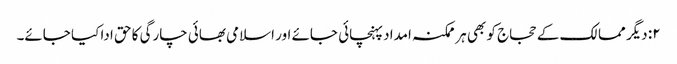
۲: دیگر ممالک کے حجاج کو بھی ہر ممکنہ امداد پہنچائی جائے اور اسلامی بھائی چارگی کا حق ادا کیا جائے۔